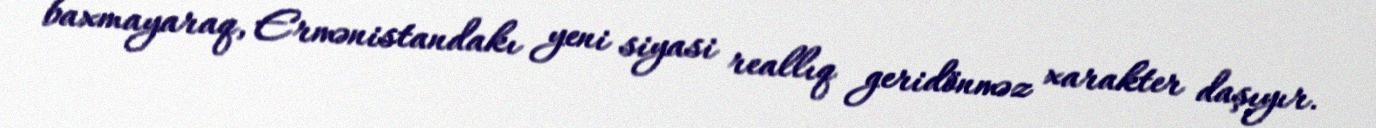
baxmayaraq, Ermənistandakı yeni siyasi reallıq geridönməz xarakter daşıyır.